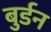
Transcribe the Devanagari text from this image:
बुर्डन